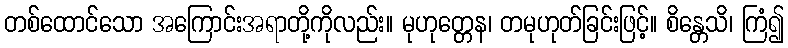
တစ်ထောင်သော အကြောင်းအရာတို့ကိုလည်း။ မုဟုတ္တေန၊ တမုဟုတ်ခြင်းဖြင့်။ စိန္တေသိ၊ ကြံ၍